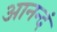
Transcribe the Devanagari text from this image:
आनन्दं